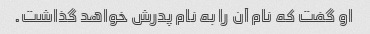
او گفت که نام آن را به نام پدرش خواهد گذاشت.